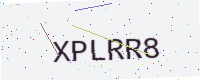
Text: XPLRR8